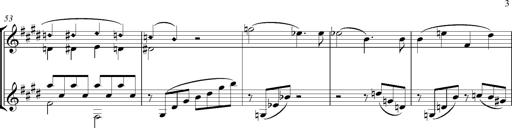
Title: Consolations
Composer: Franz Liszt